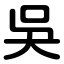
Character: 吳